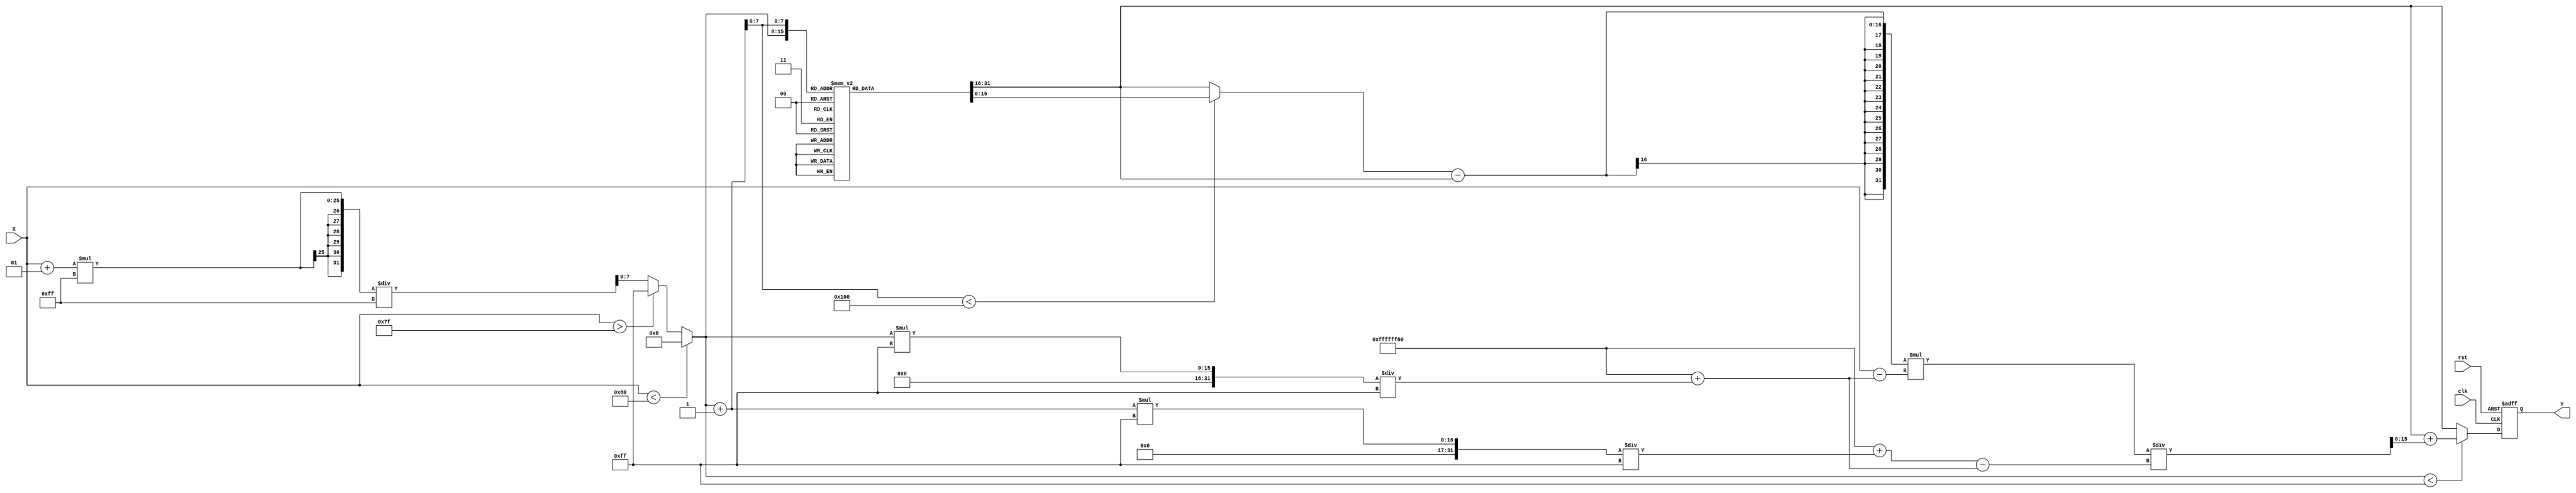
module atan_block (
    input wire signed [15:0] X, // Input Data (tangent value)
    output reg signed [15:0] Y,  // Output Data (angle in radians)
    input wire clk,               // Clock signal
    input wire rst                // Reset signal
);

    // Parameters
    parameter LUT_SIZE = 256; // Size of the LUT
    parameter LUT_WIDTH = 15;  // Width of LUT entries (fixed-point)
    parameter X_MIN = -128;    // Minimum input value
    parameter X_MAX = 127;     // Maximum input value
    parameter X_SCALE = 1;     // Scaling factor for input

    // LUT for atan values (precomputed)
    reg signed [LUT_WIDTH:0] atan_lut [0:LUT_SIZE-1];

    // Internal signals
    reg signed [LUT_WIDTH:0] lut_value_a, lut_value_b;
    reg [7:0] lut_index_a, lut_index_b;
    reg signed [LUT_WIDTH:0] interpolated_value;
    reg [7:0] input_index;

    // Initialize the LUT with precomputed atan values
    initial begin
        // Example values for atan_lut, should be filled with actual atan values
        // atan_lut[0] = atan(-128); // Example initialization
        // ...
        // atan_lut[255] = atan(127); // Example initialization
    end

    // Input handling and LUT access
    always @(posedge clk or posedge rst) begin
        if (rst) begin
            Y <= 0;
        end else begin
            // Scale and normalize input
            if (X < X_MIN) begin
                input_index = 0; // Out of range, return minimum
            end else if (X > X_MAX) begin
                input_index = LUT_SIZE - 1; // Out of range, return maximum
            end else begin
                input_index = (X + X_SCALE) * (LUT_SIZE - 1) / (X_MAX - X_MIN);
            end

            // Access LUT
            lut_index_a = input_index;
            lut_index_b = lut_index_a + 1;

            // Get LUT values
            lut_value_a = atan_lut[lut_index_a];
            lut_value_b = (lut_index_b < LUT_SIZE) ? atan_lut[lut_index_b] : lut_value_a; // Handle boundary

            // Interpolation
            if (lut_index_a < LUT_SIZE - 1) begin
                interpolated_value = lut_value_a + ((lut_value_b - lut_value_a) * (X - (X_MIN + input_index * (X_MAX - X_MIN) / (LUT_SIZE - 1))) / ((X_MIN + (input_index + 1) * (X_MAX - X_MIN) / (LUT_SIZE - 1)) - (X_MIN + input_index * (X_MAX - X_MIN) / (LUT_SIZE - 1))));
            end else begin
                interpolated_value = lut_value_a; // No interpolation needed
            end

            // Assign output
            Y <= interpolated_value;
        end
    end

endmodule